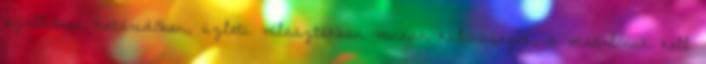
szállítási határidőben, üzleti választékban vannak különbségek, a vásárlónak kell